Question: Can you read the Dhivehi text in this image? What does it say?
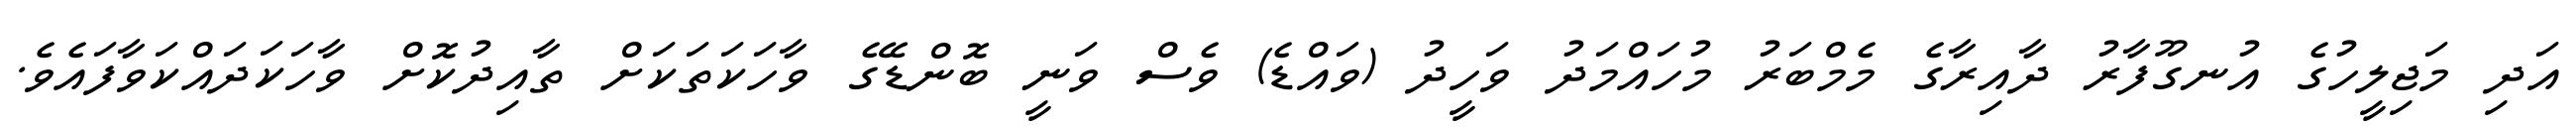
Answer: އަދި މަޖިލީހުގެ އުނގޫފާރު ދާއިރާގެ މެމްބަރު މުހައްމަދު ވަހީދު (ވައްޑެ) ވެސް ވަނީ ބޮންޑޭގެ ވާހަކަތަކަށް ތާއިދުކޮށް ވާހަކަދައްކަވާފައެވެ.